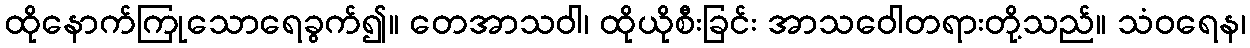
ထိုနောက်ကြုသောရေခွက်၍။ တေအာသဝါ၊ ထိုယိုစီးခြင်း အာသဝေါတရားတို့သည်။ သံဝရေန၊